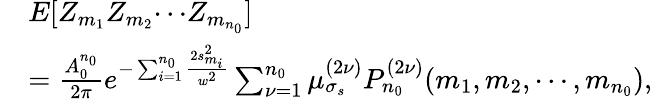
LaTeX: \begin{array}{rl}&{E[Z_{m_{1}}Z_{m_{2}}{\cdots}Z_{m_{n_{0}}}]}\\ &{=\frac{A_{0}^{n_{0}}}{2\pi}e^{-\sum_{i=1}^{n_{0}}\frac{2s_{m_{i}}^{2}}{w^{2}}}\sum_{\nu=1}^{n_{0}}\mu_{\sigma_{s}}^{(2\nu)}P_{n_{0}}^{(2\nu)}(m_{1},m_{2},\cdots,m_{n_{0}}),}\end{array}